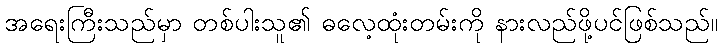
အရေးကြီးသည်မှာ တစ်ပါးသူ၏ ဓလေ့ထုံးတမ်းကို နားလည်ဖို့ပင်ဖြစ်သည်။